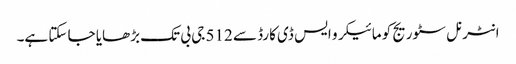
انٹرنل سٹوریج کو مائیکرو ایس ڈی کارڈ سے 512 جی بی تک بڑھایا جا سکتا ہے۔